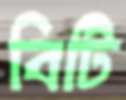
বিটি